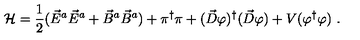
{ \cal H } = \frac { 1 } { 2 } ( \vec { E } ^ { a } \vec { E } ^ { a } + \vec { B } ^ { a } \vec { B } ^ { a } ) + \pi ^ { \dagger } \pi + ( \vec { D } \varphi ) ^ { \dagger } ( \vec { D } \varphi ) + V ( \varphi ^ { \dagger } \varphi ) \ .